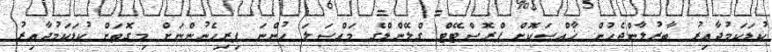
ކުޑަކަމުދާއިރު ބާރުލާންޖެހުން ޚާއްޞަކޮށް ޕްރޮސްޓޭޓް ގްލޭންޑްގެ މައްސަލަ ހުންނަ ފިރިހެނުންނަށް މިގޮތަށް ކުޑަކަމުދާއިރު